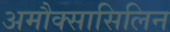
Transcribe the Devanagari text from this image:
अमौक्सासिलिन